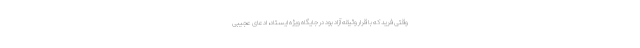
وقتی فرید که با قرار وثیقه آزاد بود در جایگاه ویژه ایستاد، ادعای عجیبی